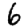
Digit: 6